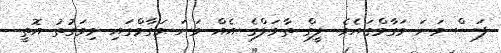
ފަސް ވަނަ މަގާމްގައެވެ. ލީގް ތާވަލްގެ އެއް ވަނަ މަގާމްގައި މިވަގުތު އޮތީ